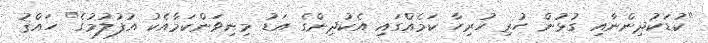
"ކުޑަކުދިންނާއި ގުޅުން ހުރި ހުރިހާ ކަމެއްގައި އެކުދިންގެ އަޑު މިނިވަންކަމާއެކު އުފުލުމުގެ" ހައްޤު